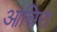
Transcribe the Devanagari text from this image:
आचिरा